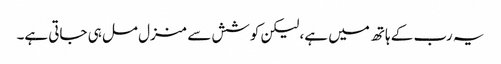
یہ رب کے ہاتھ میں ہے، لیکن کوشش سے منزل مل ہی جاتی ہے۔